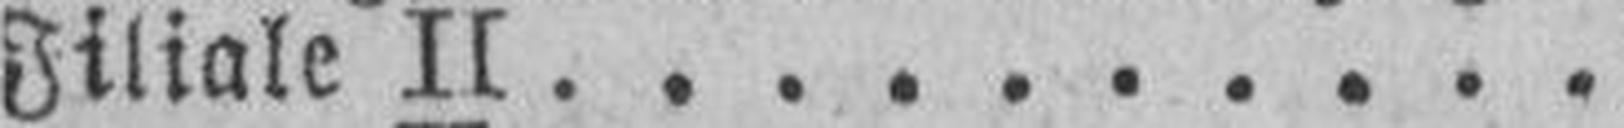
Jiliale II